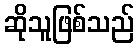
ဆိုသူဖြစ်သည်